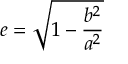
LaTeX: e = { \sqrt { 1 - { \frac { b ^ { 2 } } { a ^ { 2 } } } } }